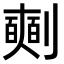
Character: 𠠘